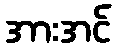
အားအင်